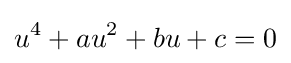
u^{4}+au^{2}+bu+c=0